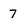
Character: 7